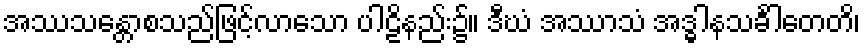
အဿသန္တောစသည်ဖြင့်လာသော ပါဠိနည်း၌။ ဒီဃံ အဿာသံ အဒ္ဓါနသင်္ခါတေတိ၊